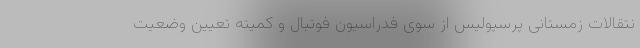
نتقالات زمستانی پرسپولیس از سوی فدراسیون فوتبال و کمیته تعیین وضعیت